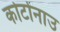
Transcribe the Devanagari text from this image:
कोटोनाउ